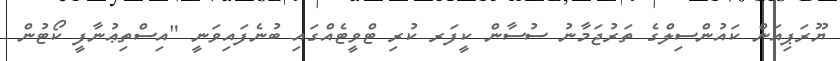
ޔޫރަޕިއަން ކައުންސިލްގެ ތަރުޖަމާނު ސުސާން ކީފަރ ކުރި ޓްވީޓެއްގައި ބުނެފައިވަނީ "އިސްތިޢުނާފީ ކޯޓުން